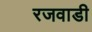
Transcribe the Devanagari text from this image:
रजवाडी